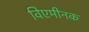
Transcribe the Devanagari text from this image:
विएमीनक